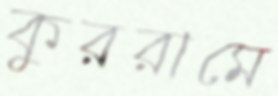
কুররামে